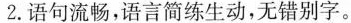
2.语句流畅，语言简练生动，无错别字。